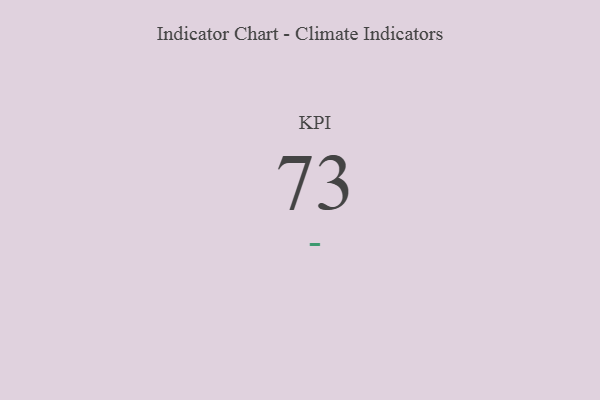
{"axis": {"x": "KPI", "y": "Value"}, "legend": [""], "data": [{"x": "KPI", "y": 73, "type": ""}]}